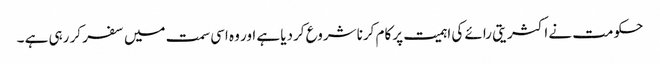
حکومت نے اکثریتی رائے کی اہمیت پر کام کرنا شروع کردیا ہے اور وہ اسی سمت میں سفر کر رہی ہے ۔